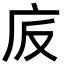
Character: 𢇪